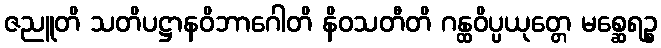
ဇညူတိ သတိပဋ္ဌာနဝိဘာဂေါတိ နိဝသတီတိ ဂန္ထဝိပ္ပယုတ္တေ မစ္ဆေရဉ္စ